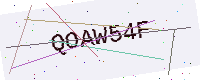
Text: QOAW54F